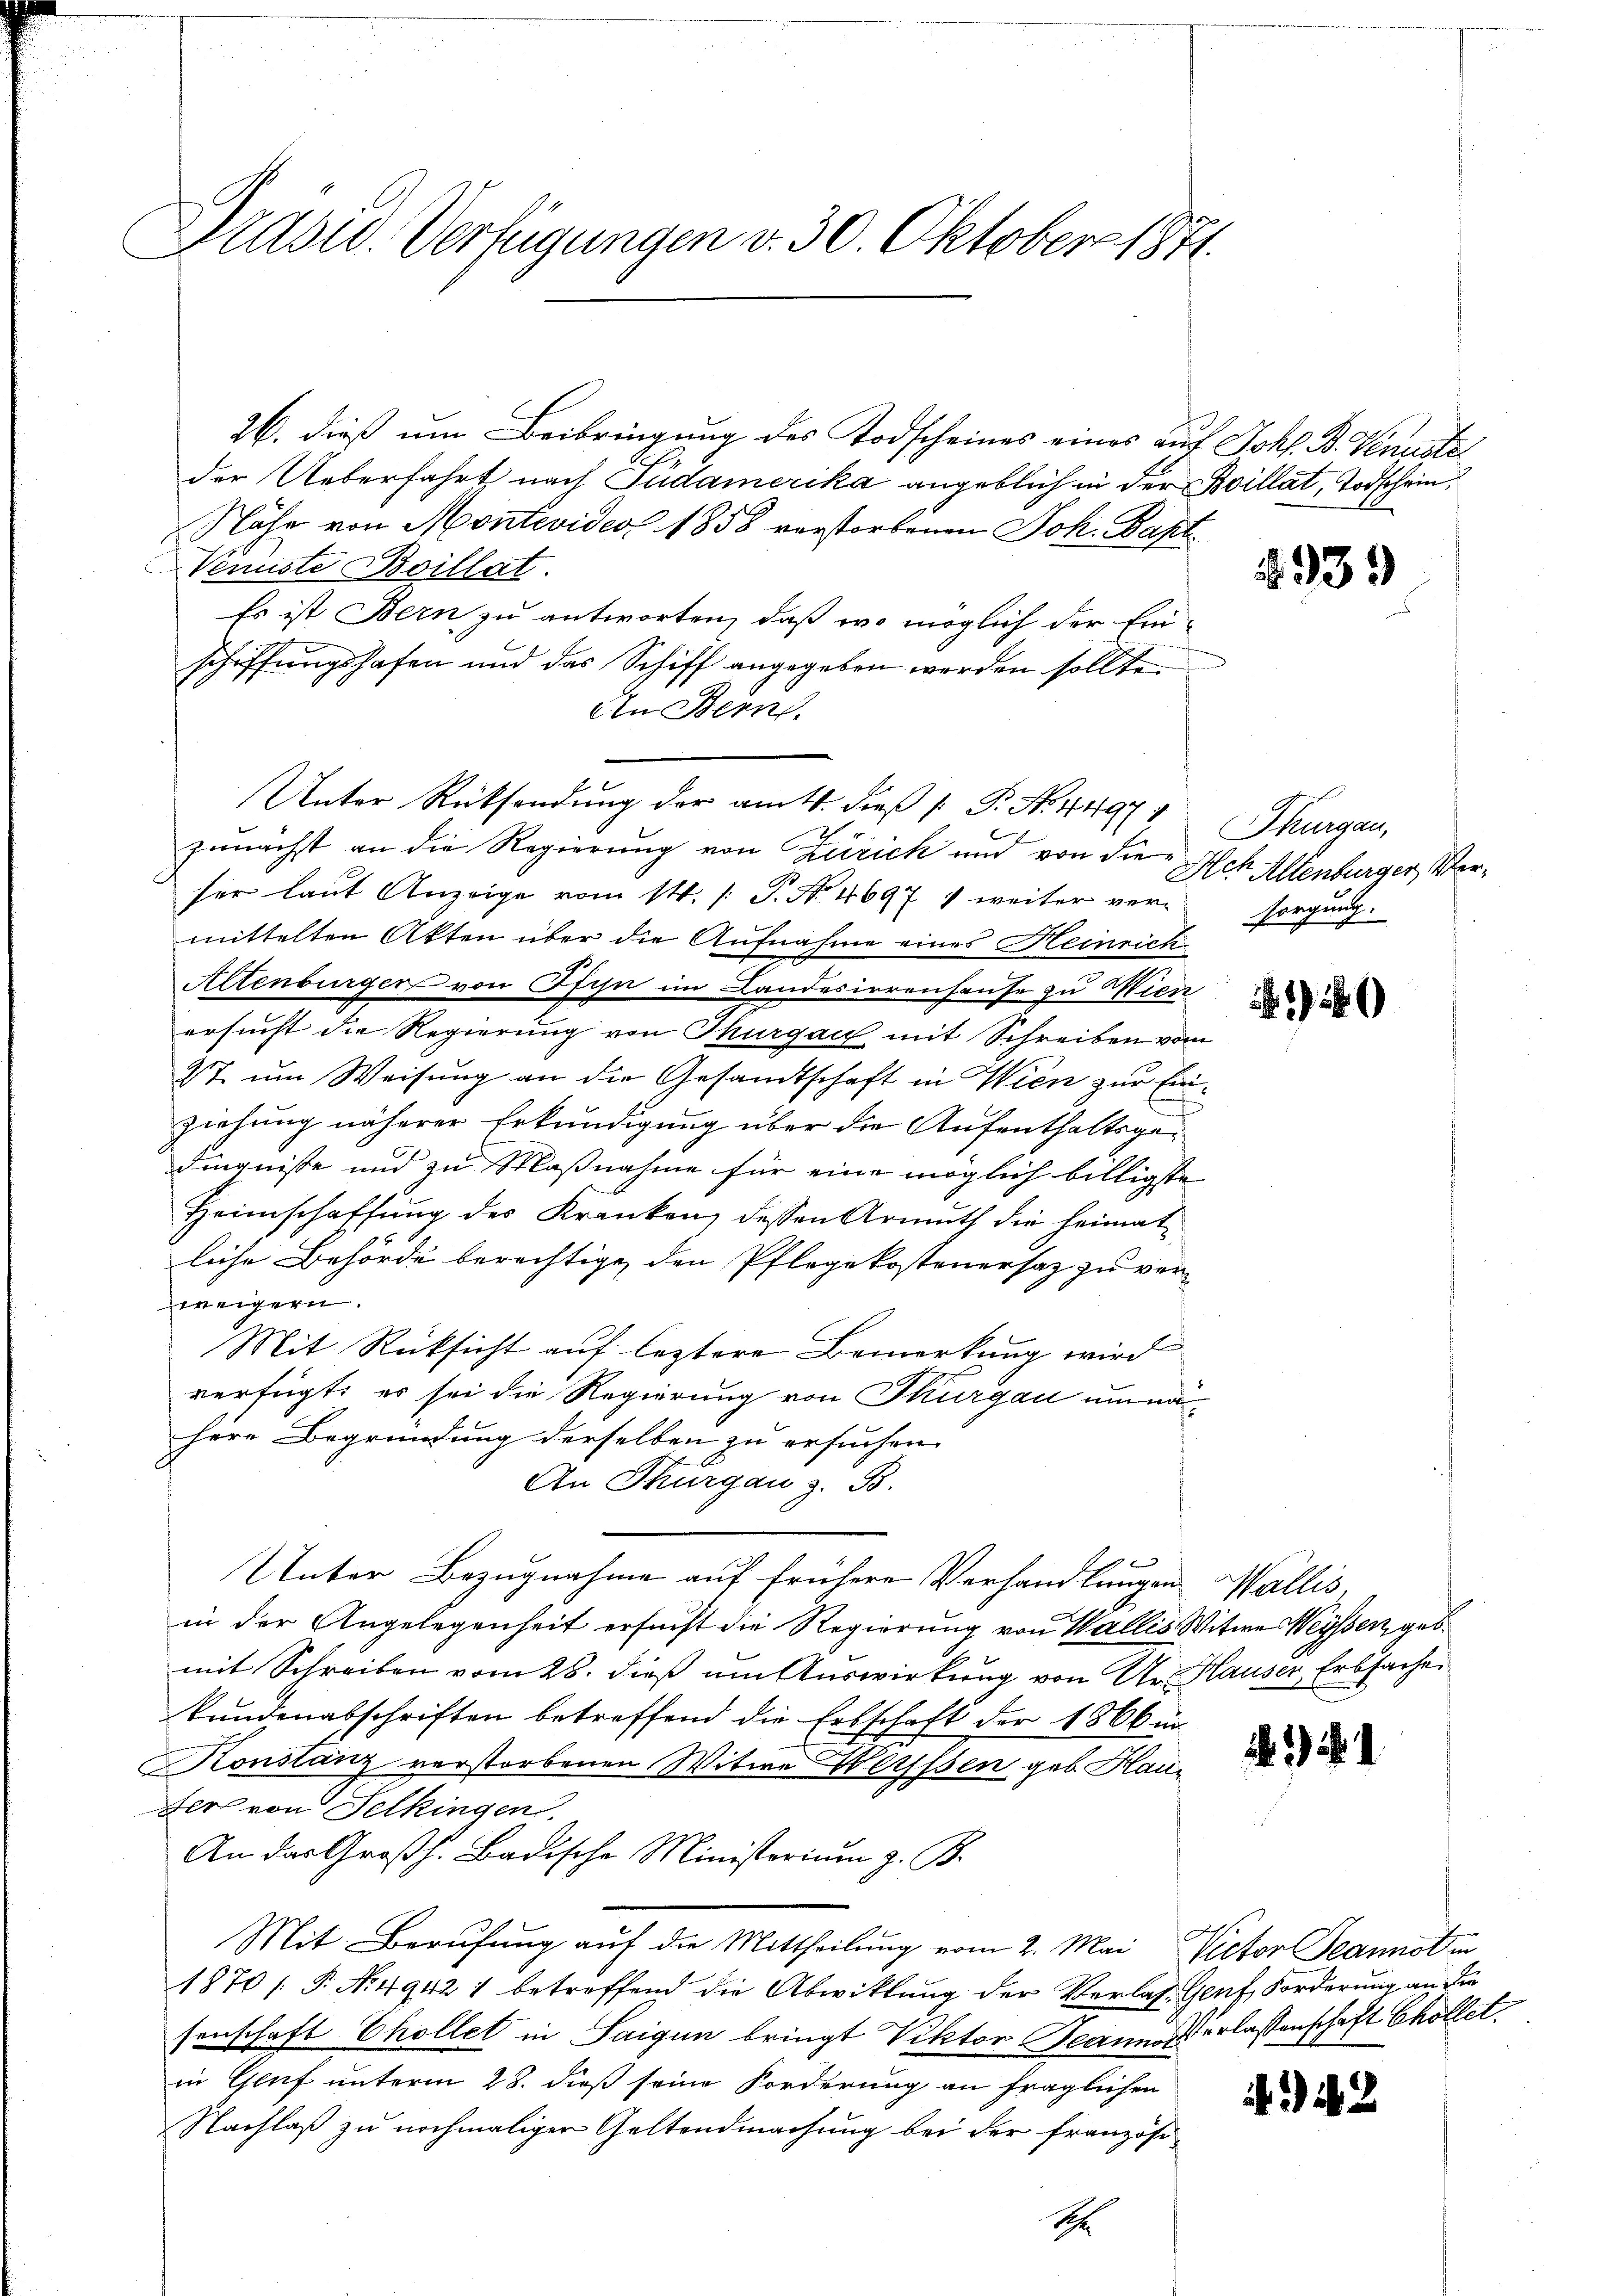
Prasw. Verfügungen v. 30. Oktober 1871.

26. dieß um Beibringung des Todscheines eines auf Johs. B. Vennste
der Ueberfahrt nach Pudamerika angeblich in der Billat, Todschein,
Nähe von Montevideo 1858 verstorbenen Joh. Bapt
Veniste Boillat.
Es ist Bern zu antworten, daß wo möglich der Einschiffungshafen und das Schiff angegeben werden sollte.
An Bern.
Unter Rücksendung der am 16. dieß P. Nr. 4497
zunächst an die Regierung von Zürich und von die
ser laut Anzeige vom 14. /: P. Nr. 4697 ; weiter ver-
mittelten Akten über die Aufnahme eines Heinrich¬
Altenburger von Ofen im Landesirrenhause zu Wien
ersucht die Regierung von Thurgau mit Schreiben vom
2t um Weisung an die Gesandtschaft in Wien zur Einziehung näherer Erkundigung über die Aufenthaltsgedingnisse und zu Maßnahme für eine möglich billigste
Heimschaffung des Kranken dessen Armuth die heimatliche Behörde berechtige, den Pflegekostenersaz zu verweigern.
Mit Rüksicht auf leztere Bemerkung wird
verfügt: es sei die Regierung von Thurgau umnaherr Begründung derselben zu ersuchen.
G
An Thurgau z. B.
e
Unter Bezugnahme auf frühere Verhandlungen Wallis,
in der Angelegenheit ersucht die Regierung von Wallis Witwe Weyssen geb.
mit Schreiben vom 26. dieß um Auswirkung von Ur Hauser Erbsache
kundenabschriften betreffend die Erbschaft der 1866 in
Konstanz verstorbenen Witwe Weissen geb. Hau¬
Fer von Telkingen.
An das Großh. Badische Ministorium z. B.
Mit Berufung auf die Mittheilung vom 2. Mai, Victor Jeannoten
1870 / P. Nr. 49421 betreffend die Abwicklung der Verlas. Genf, Forderung an die
senschaft Chollet in Saigen bringt Viktor Mannes erlassenschaft Chollet
in Gruf unterm 28. dieß seine Forderung an fraglichen
Nachlaß zu nochmaliger Geltendmachung bei der französi¬

S

1

939

Thurgau,
 Ach Altenburger, Versorgung.

16

.2. 1

342